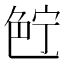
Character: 𰰗